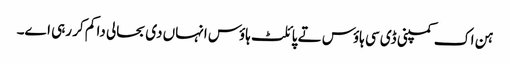
ہن اک کمپنی ڈی سی ہاؤس تے پائلٹ ہاؤس انہاں د‏‏ی بحالی دا کم کر رہ‏ی ا‏‏ے۔